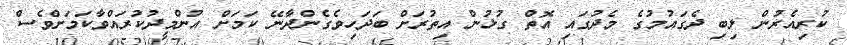
ކުރިއެެރުން ލިބި ދެގައުމުގެ މެދުގައި އޮތް ގުޅުން އިތުރަށް ބަދަހިވެގެންދާނޭ ކަމަށް އުންމީދުކުރައްވާކަމަށްވެސް